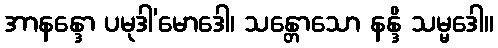
အာနန္ဒော ပမုဒါ’မောဒေါ၊ သန္တောသော နန္ဒိ သမ္မဒေါ။